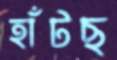
হাঁটছ